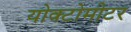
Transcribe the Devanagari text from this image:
योक्टोमीटर